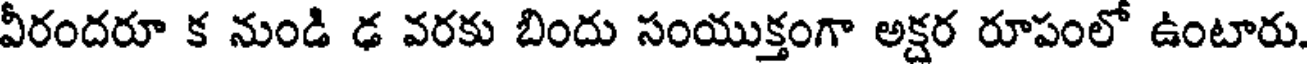
వీరందరూ క నుండి ఢ వరకు బిందు సంయుక్తంగా అక్షర రూపంలో ఉంటారు